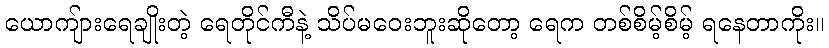
ယောကျ်ားရေချိုးတဲ့ ရေတိုင်ကီနဲ့ သိပ်မဝေးဘူးဆိုတော့ ရေက တစ်စိမ့်စိမ့် ရနေတာကိုး။